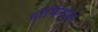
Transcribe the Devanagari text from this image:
डॉमिनोस